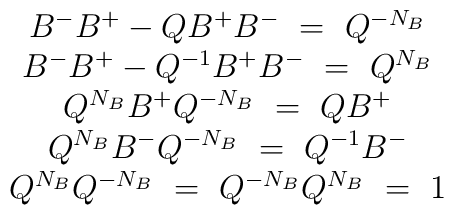
\begin{array}{c} B^-B^+-QB^+B^-~=~Q^{-N_B}\\ B^-B^+-Q^{-1}B^+B^-~=~Q^{N_B}\\ Q^{N_B}B^+Q^{-N_B}~=~QB^+\\ Q^{N_B}B^-Q^{-N_B}~=~Q^{-1}B^-\\ Q^{N_B}Q^{-N_B}~=~Q^{-N_B}Q^{N_B}~=~1 \end{array}